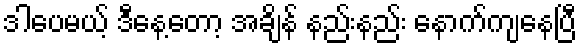
ဒါပေမယ့် ဒီနေ့တော့ အချိန် နည်းနည်း နောက်ကျနေပြီ